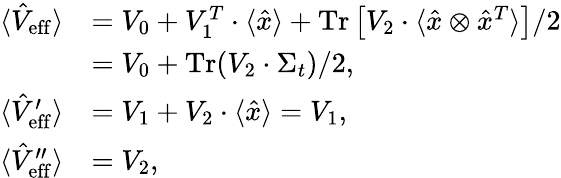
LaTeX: \begin{array}{rl}{\langle\hat{V}_{\mathrm{eff}}\rangle}&{=V_{0}+V_{1}^{T}\cdot\langle\hat{x}\rangle+\operatorname{Tr}\left[V_{2}\cdot\langle\hat{x}\otimes\hat{x}^{T}\rangle\right]/2}\\ &{=V_{0}+\operatorname{Tr}(V_{2}\cdot\Sigma_{t})/2,}\\ {\langle\hat{V}_{\mathrm{eff}}^{\prime}\rangle}&{=V_{1}+V_{2}\cdot\langle\hat{x}\rangle=V_{1},}\\ {\langle\hat{V}_{\mathrm{eff}}^{\prime\prime}\rangle}&{=V_{2},}\end{array}